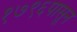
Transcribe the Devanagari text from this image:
१७९६पासून